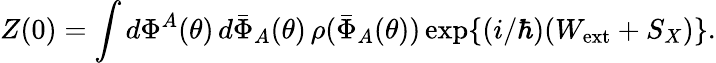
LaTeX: Z(0)=\int d\Phi^{A}(\theta)\, d\bar{\Phi}_{A}(\theta)\, \rho(\bar{\Phi}_{A}(\theta))\exp\{ (i/\hbar)(W_{\mathrm{ext}}+S_{X})\} .